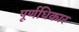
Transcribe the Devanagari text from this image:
पूर्णधिकार